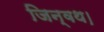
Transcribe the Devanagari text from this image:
जिन्वथ।